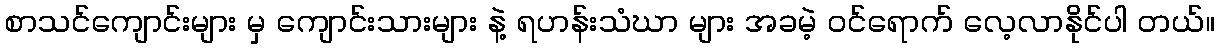
စာသင်ကျောင်းများ မှ ကျောင်းသားများ နဲ့ ရဟန်းသံဃာ များ အခမဲ့ ဝင်ရောက် လေ့လာနိုင်ပါ တယ်။